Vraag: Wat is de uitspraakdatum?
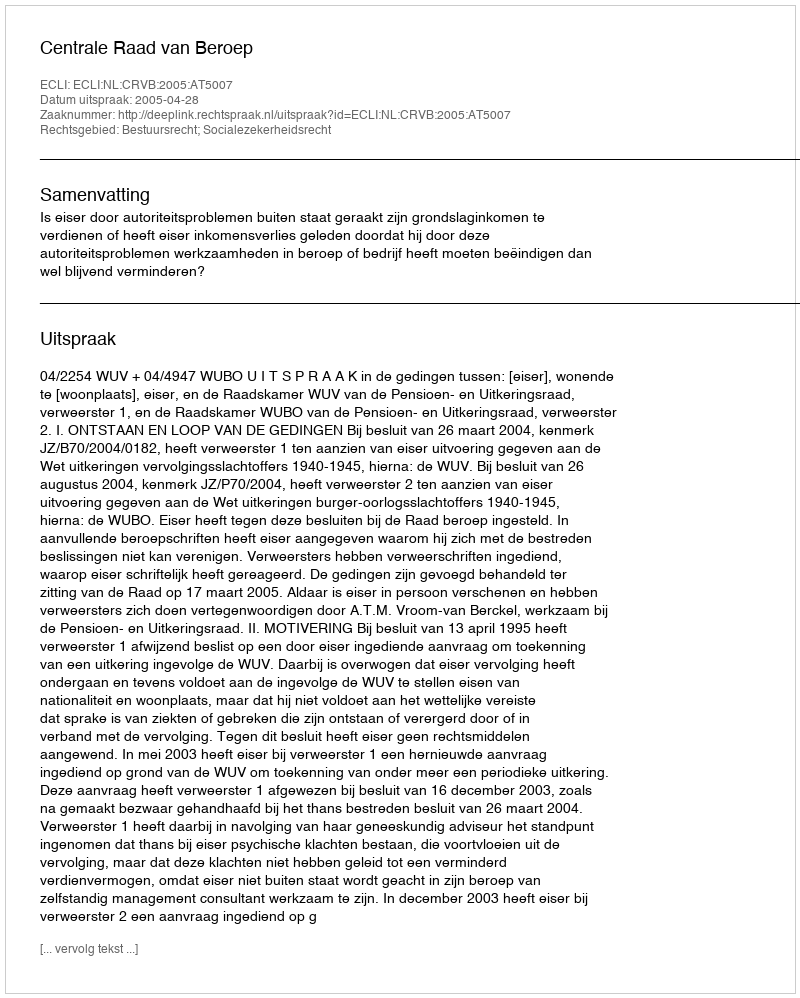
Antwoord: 2005-04-28